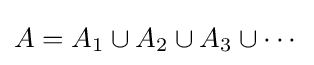
A=A_{1}\cup A_{2}\cup A_{3}\cup \cdots